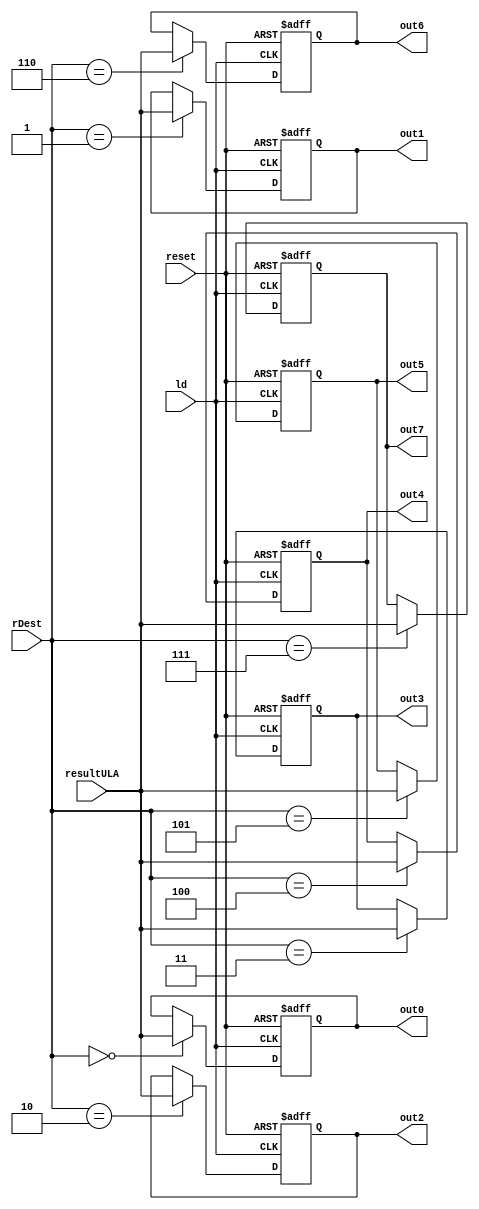
module EXIT(input[7:0] resultULA, input ld, input[2:0] rDest, input reset, output reg[7:0] out0, out1, out2, out3, out4, out5, out6, out7);

always@(posedge ld or negedge reset)
begin
	if(reset == 0)
		begin
			out1 <= 8'd0;
			out2 <= 8'd0;
			out3 <= 8'd0;
			out4 <= 8'd0;
			out5 <= 8'd0;
			out6 <= 8'd0;
			out7 <= 8'd0;
			out0 <= 8'd0;
		end
	else begin
		case(rDest)
			3'd0 : out0 <= resultULA;
			3'd1 : out1 <= resultULA;
			3'd2 : out2 <= resultULA;
			3'd3 : out3 <= resultULA;
			3'd4 : out4 <= resultULA;
			3'd5 : out5 <= resultULA;
			3'd6 : out6 <= resultULA;
			3'd7 : out7 <= resultULA;
		endcase
	end
end


endmodule